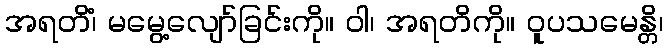
အရတိံ၊ မမွေ့လျော်ခြင်းကို။ ဝါ၊ အရတိကို။ ဝူပသမေန္တိ၊